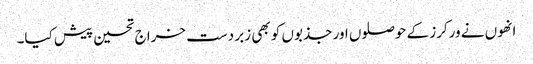
انھوں نے ورکرز کے حوصلوں اور جذبوں کو بھی زبر دست خراج تحسین پیش کیا۔